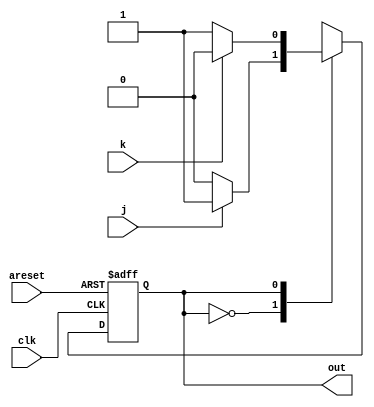
module top_module(
    input clk,
    input areset,    // Synchronous reset to OFF
    input j,
    input k,
    output out); //  

    parameter OFF=0, ON=1; 
    reg cs, ns;

    always @(posedge clk,posedge areset) begin
        if(areset) cs=OFF;
        else cs=ns;
    end

    always @(*) begin
        case(cs)
            OFF: ns=(j==0)?OFF:ON;
            ON:  ns=(k==0)?ON:OFF;
        endcase
    end

    // Output logic
    assign out=cs;

endmodule